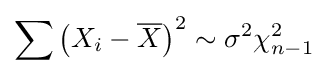
\sum \left(X_{i}-{\overline {X}}\right)^{2}\sim \sigma ^{2}\chi _{n-1}^{2}